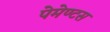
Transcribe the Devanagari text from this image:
पेमेण्टस